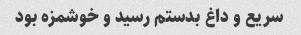
سریع و داغ بدستم رسید و خوشمزه بود